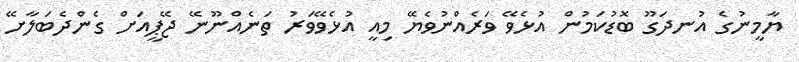
ޔާމީނުގެ އުނދަގޫ ބޮޑުކަމުން އުޅެވޭ ވަރެއްނުވެޔޭ މިއީ އުޅެވޭވަރު ތަނެއްނޫނޭ ޖޭޕީއަށް ގެންދެބަލާށޭ